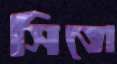
সিতো